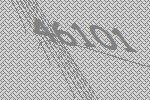
46101